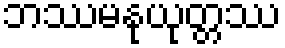
ဘဿမနုယုတ္တဿ